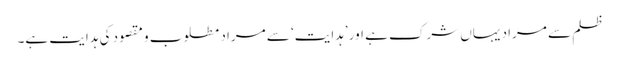
ظلم سے مراد یہاں شرک ہے اور ’ہدایت‘ سے مراد مطلوب و مقصود کی ہدایت ہے۔